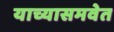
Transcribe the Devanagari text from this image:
याच्यासमवेत